system: You are a helpful assistant.
user:
Analyze the provided spectrum to determine if it is a **Carbon Star (C-type)**.

- **Key Visual Indicators of Carbon Star:**
    - **(Primary):** Strong molecular absorption from **C₂ (diatomic carbon) "Swan Bands."** This is the **defining feature** of a carbon star.
        - **(Key Bandheads):** Sharp absorption edges are visible at approximately $5635$ Å, $5165$ Å (the strongest band), and $4737$ Å.
        - **(Line Profile):** Creates a distinct **"saw-tooth"** pattern. The key morphology is a sharp, steep bandhead on the **red (long-wavelength) side**, which then gradually tapers off (i.e., flux recovers) towards the **blue (short-wavelength) side**. *(This is the direct opposite of the TiO bands seen in M-type stars)*.

    - **(Secondary):** Intense **CN (cyanogen)** molecular absorption bands.
        - **(Key Bandheads):** Located in the blue and violet regions of the spectrum (e.g., near $4215$ Å and $3883$ Å).
        - **(Morphology):** These bands are extremely broad and act as a "blanket," absorbing the vast majority of blue and violet light. This creates a characteristic **"cliff"** or **"steep drop-off"** in the spectrum's flux at short wavelengths.

    - **(Key Confirmation):** Strong **CH absorption band (G-band)**.
        - **(Key Bandhead):** Located around $4300$ Å. The contribution from CH molecules to this band is exceptionally strong.

    - **(Overall Spectrum):**
        - The continuum is severely "chopped up" by these deep molecular bands, especially C₂, rather than appearing as a smooth curve.
        - Due to the heavy CN and C₂ absorption in the blue-green, the vast majority of the star's flux is concentrated in the red part of the spectrum, giving the star its characteristic deep red color.

Think first, call **spectral_visualization_tool** if needed to examine features in detail, then provide your final answer. Your response must adhere to the following strict rules:
1.  **Overall Structure:** Your response must follow the format `<think>...</think> <tool_call>...</tool_call> (if a tool is used) <answer>...</answer>`.
2.  **Tool Usage Constraint:** You may only make **one** tool call per turn.
3.  **Final Answer Format:** In the `<answer>` tag, your conclusion must be inside a `\boxed{}` command (e.g., `\boxed{YES}`), followed by your justification.

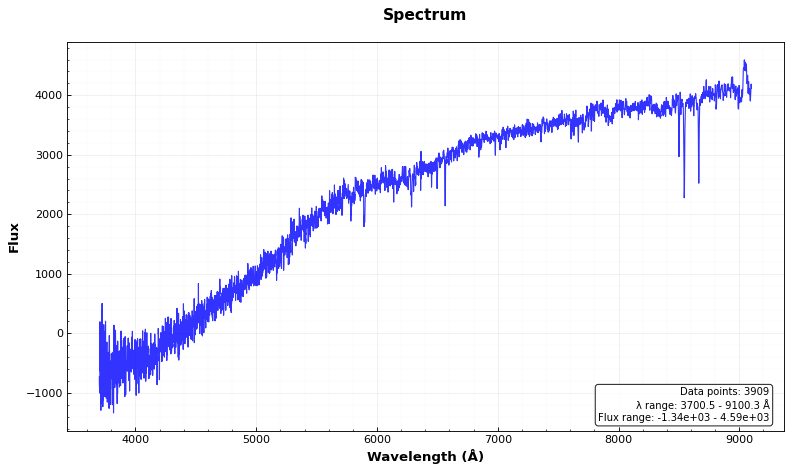
Answer: NO